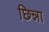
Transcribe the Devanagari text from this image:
छिन्ना